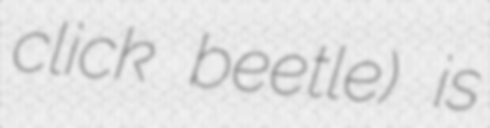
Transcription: click beetle) is